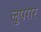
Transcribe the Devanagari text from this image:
लुपग़र